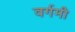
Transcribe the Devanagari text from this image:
वर्गमी